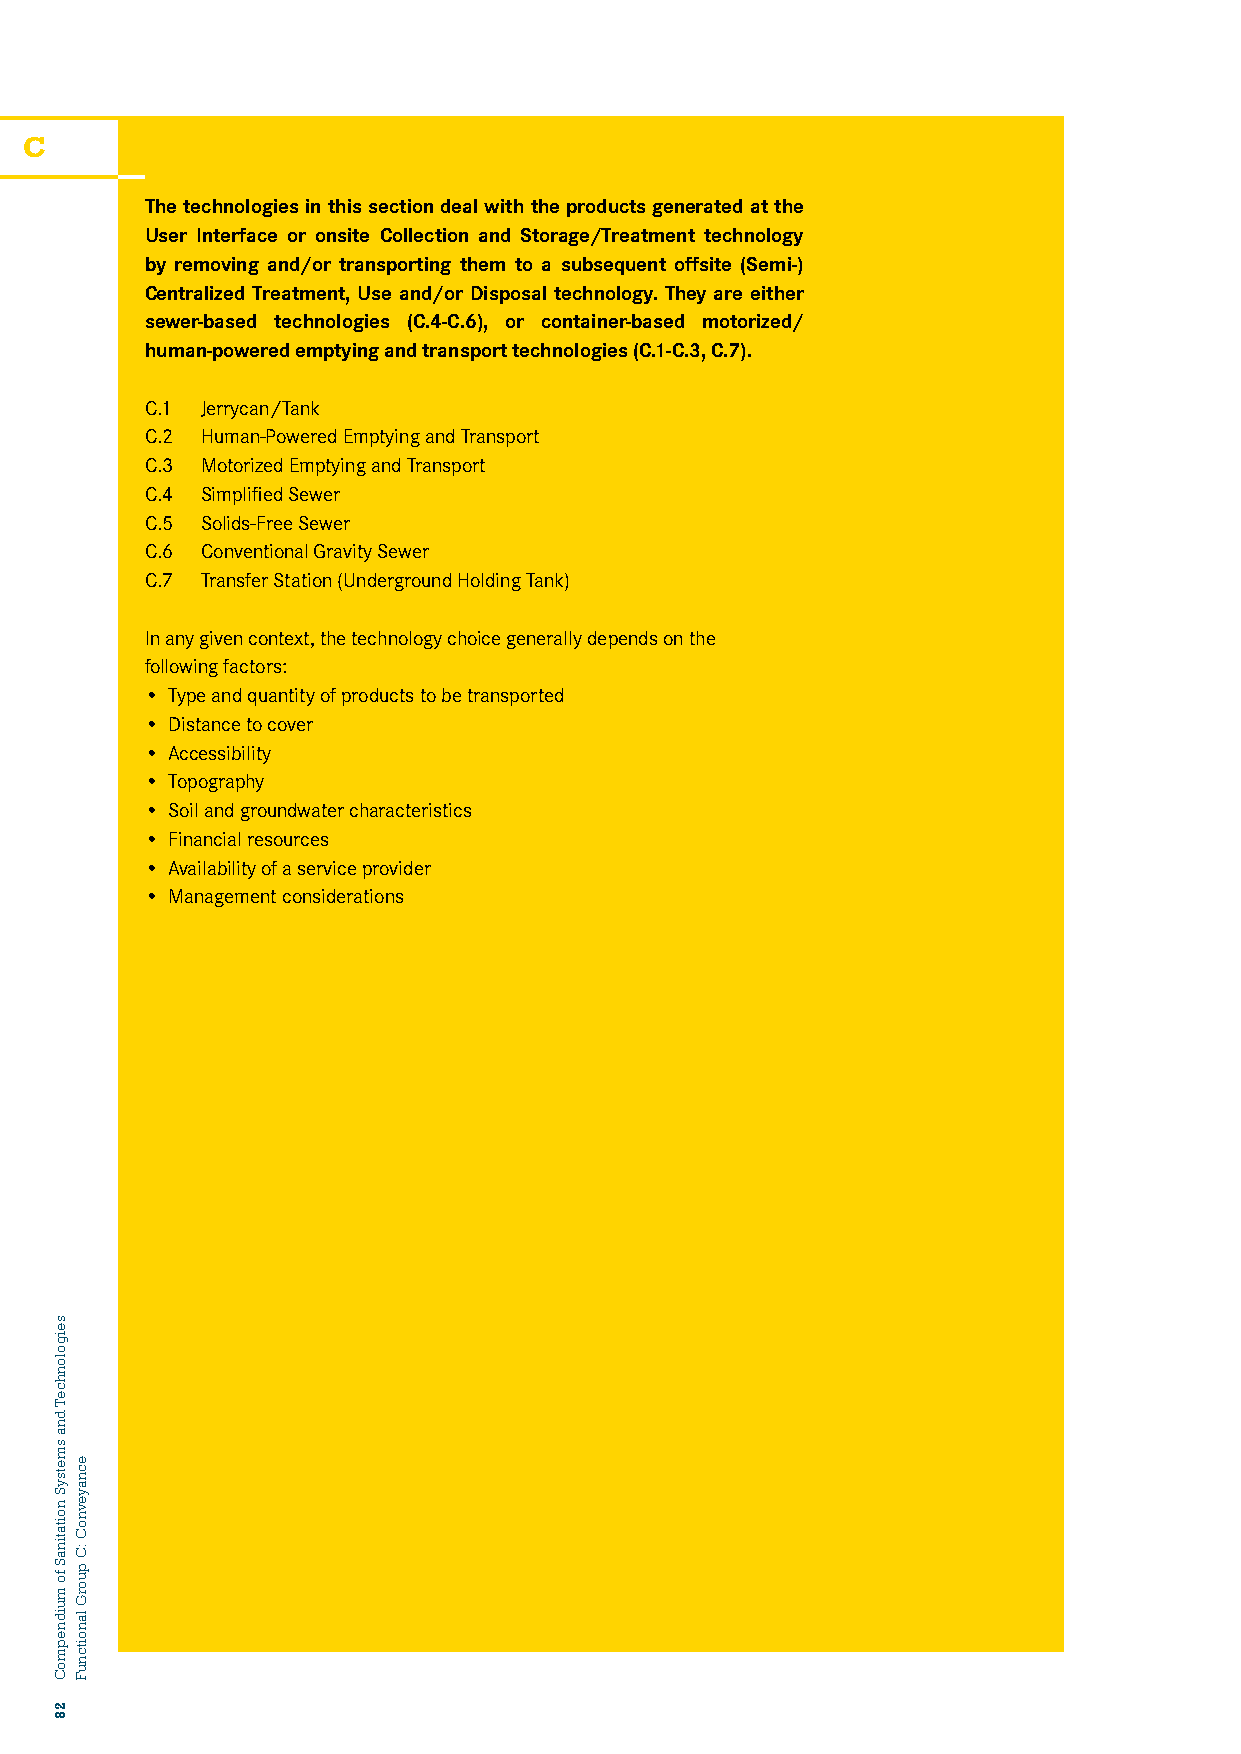
C
 The technologies in this section deal with the products generated at the
 User Interface or onsite Collection and Storage/Treatment technology
 by removing and/or transporting them to a subsequent offsite (Semi-)
 Centralized Treatment, Use and/or Disposal technology. They are either
 sewer-based technologies (C.4-C.6), or container-based motorized/
 human-powered emptying and transport technologies (C.1-C.3, C.7).
 C.1 Jerrycan/Tank
 C.2 Human-Powered Emptying and Transport
 C.3 Motorized Emptying and Transport
 C.4 Simplified Sewer
 C.5 Solids-Free Sewer
 C.6 Conventional Gravity Sewer
 C.7 Transfer Station (Underground Holding Tank)
 In any given context, the technology choice generally depends on the
 following factors:
 • Type and quantity of products to be transported
 • Distance to cover
 • Accessibility
 • Topography
 • Soil and groundwater characteristics
 • Financial resources
 • Availability of a service provider
 • Management considerations
 seigolonhceT
 dna
 smetsyS
 noitatinaS
 fo
 muidnepmoC
 28
 ecnayevnoC
 :C
 puorG
 lanoitcnuF